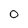
Character: O